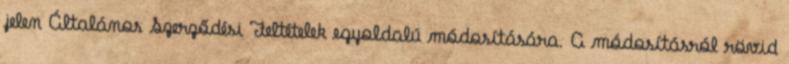
jelen Általános Szerződési Feltételek egyoldalú módosítására. A módosításról rövid